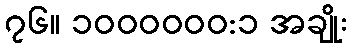
၇၆။ ၁၀၀၀၀၀၀:၁ အချိုး